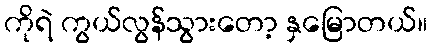
ကိုရဲ ကွယ်လွန်သွားတော့ နှမြောတယ်။